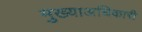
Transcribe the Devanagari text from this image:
मुख्याअधिकारी